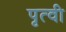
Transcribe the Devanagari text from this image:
पृत्वी